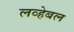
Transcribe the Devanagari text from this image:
लव्हेबल